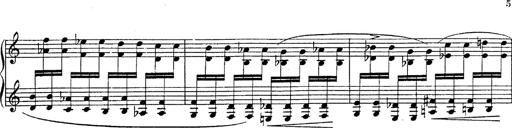
Title: Fantasie Ã¼ber Themen aus Mozarts Figaro und Don Giovanni
Composer: Franz Liszt